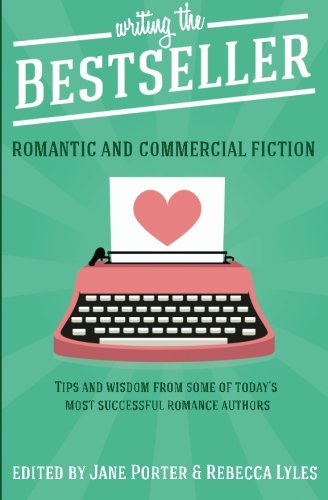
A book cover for Writing The Bestseller: Romantic and Commercial Fiction; Jane Porter; Romance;